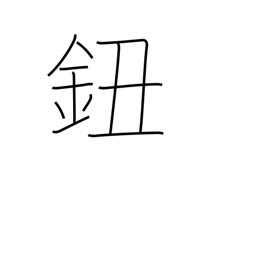
Meaning: button